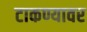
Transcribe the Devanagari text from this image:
टाकण्यावर